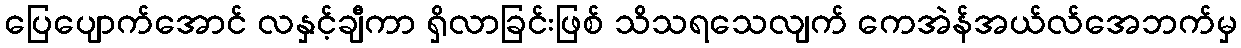
ပြေပျောက်အောင် လနှင့်ချီကာ ရှိလာခြင်းဖြစ် သိသရသေလျက် ကေအဲန်အယ်လ်အေဘက်မှ